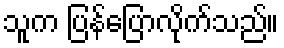
သူက ပြန်ပြောလိုက်သည်။